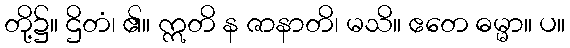
တို့၌။ ဌိတံ၊ ၏။ ဣတိ န ဇာနာတိ၊ မသိ။ ဧတေ ဓမ္မာ။ ပ။